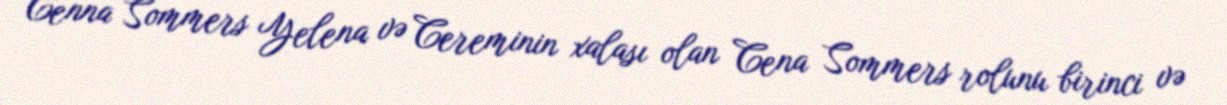
Cenna Sommers Yelena və Cereminin xalası olan Cena Sommers rolunu birinci və